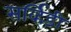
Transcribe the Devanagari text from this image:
सर्व्हिडी